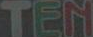
TEN